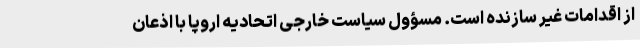
از اقدامات غیر سازنده است. مسؤول سیاست خارجی اتحادیه اروپا با اذعان